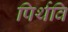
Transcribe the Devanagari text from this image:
पिर्थवि